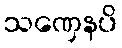
သဏှေနပိ